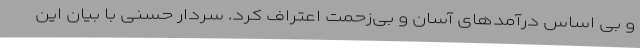
و بی اساس درآمدهای آسان و بی‌زحمت اعتراف کرد. سردار حسنی با بیان این